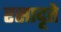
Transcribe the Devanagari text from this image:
रसादृते